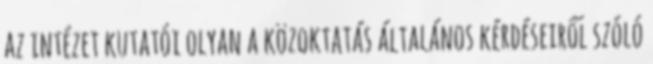
az intézet kutatói olyan a közoktatás általános kérdéseiről szóló